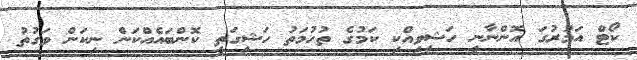
ކޯޓް އަމުރުގަ އޮންނާނީ ހަޝިވިއްކި ކަމުގެ ތުހުމަތު ހަޝިގަތީ ކޮންބައެއްކަން ނިކަން ވަގުތު